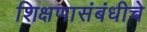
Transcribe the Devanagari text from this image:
शिक्षणासंबंधीचे